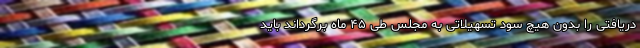
دریافتی را بدون هیچ سود تسهیلاتی به مجلس طی ۴۵ ماه برگرداند باید